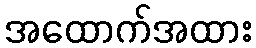
အထောက်အထား